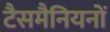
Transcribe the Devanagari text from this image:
टैसमैनियनों